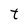
Character: t